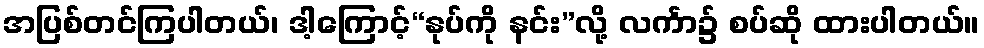
အပြစ်တင်ကြပါတယ်၊ ဒါ့ကြောင့်“နုပ်ကို နင်း”လို့ လင်္ကာ၌ စပ်ဆို ထားပါတယ်။